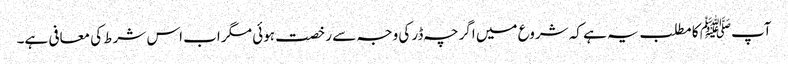
آپﷺ کا مطلب یہ ہے کہ شروع میں اگرچہ ڈر کی وجہ سے رخصت ہوئی مگر اب اس شرط کی معافی ہے۔